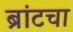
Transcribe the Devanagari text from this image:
ब्रांटचा